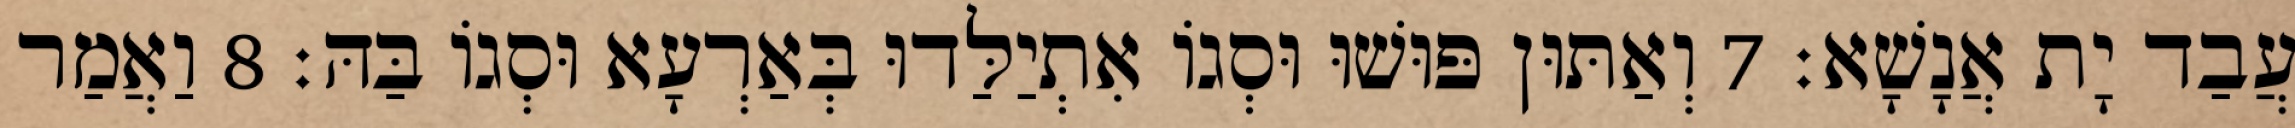
עֲבַד יָת אֲנָשָׁא׃ 7 וְאַתּוּן פּוּשׁוּ וּסְגוֹ אִתְיַלַּדוּ בְּאַרְעָא וּסְגוֹ בַּהּ׃ 8 וַאֲמַר